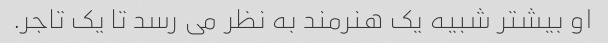
او بیشتر شبیه یک هنرمند به نظر می رسد تا یک تاجر.